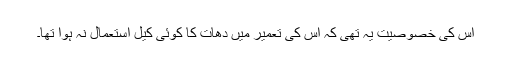
اس کی خصوصیت یہ تھی کہ اس کی تعمیر میں دھات کا کوئی کیل استعمال نہ ہوا تھا۔